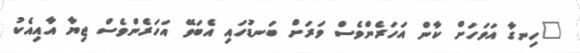
"ހިނގާ އަވަހަށް ކާން އަހަރެންވެސް ވަރަށް ބަނޑުހައި އެބަވޭ އަހަރެންވެސް ޖިޔާ އާއިއެކު